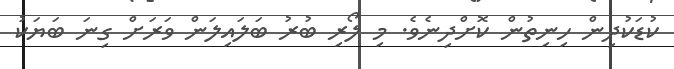
ކުޑަކުދިން ހިނިތުން ކޮށްދިނެވެ. މި ލޯރި ބުރު ބަލައިލަން ވަރަށް ގިނަ ބަޔަކު